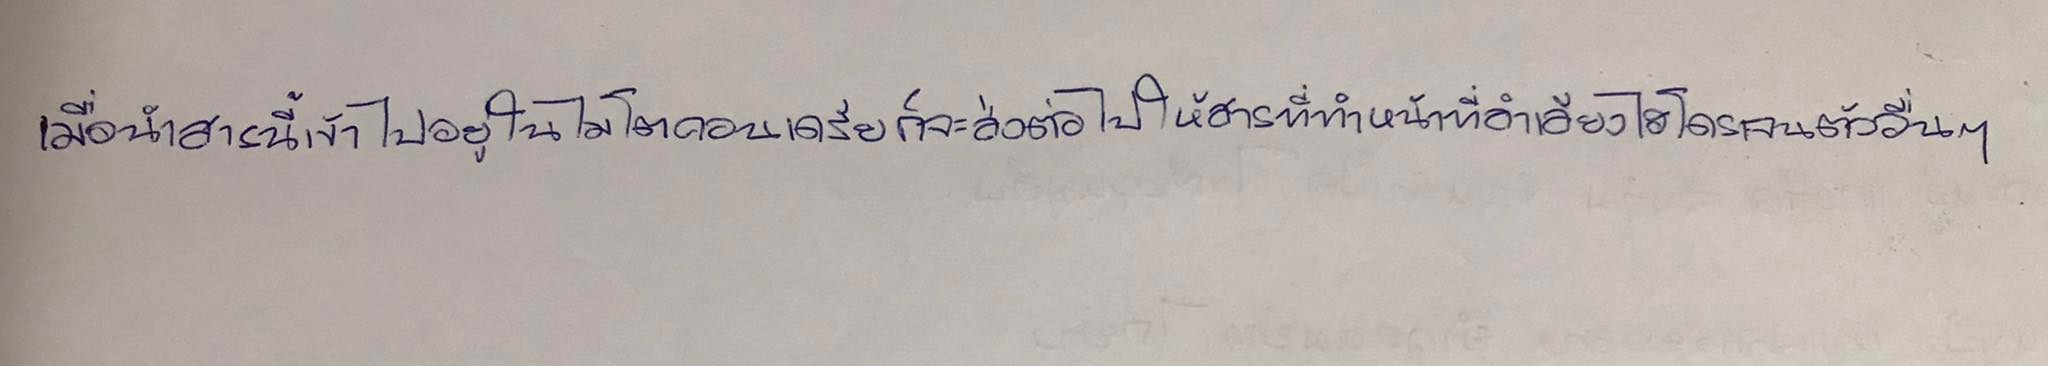
เมื่อนำสารนี้เข้าไปอยู่ในไมโตคอนเดรียก็จะส่งต่อไปให้สารที่ทำหน้าที่ลำเลียงไฮโดรเจนตัวอื่นๆ